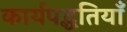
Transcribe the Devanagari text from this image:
कार्यपद्धतियाँ